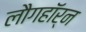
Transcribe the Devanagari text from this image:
लौगहॉर्न